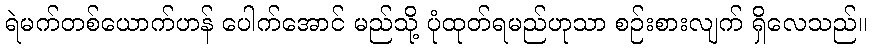
ရဲမက်တစ်ယောက်ဟန် ပေါက်အောင် မည်သို့ ပုံထုတ်ရမည်ဟုသာ စဉ်းစားလျက် ရှိလေသည်။